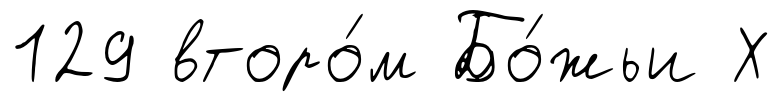
129 второ́м Бо́жьи Х